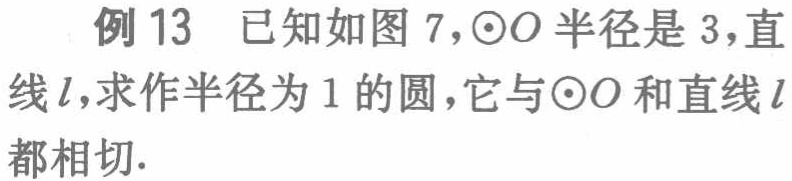
例 13 已知如图 7，$\odot O$半径是 3，直线$l$，求作半径为 1 的圆，它与$\odot O$和直线$l$都相切.